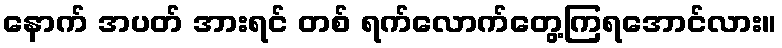
နောက် အပတ် အားရင် တစ် ရက်လောက်တွေ့ကြရအောင်လား။